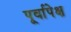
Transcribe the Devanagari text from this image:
पूर्वापेक्ष